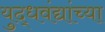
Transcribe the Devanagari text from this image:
युद्धवंद्यांच्या